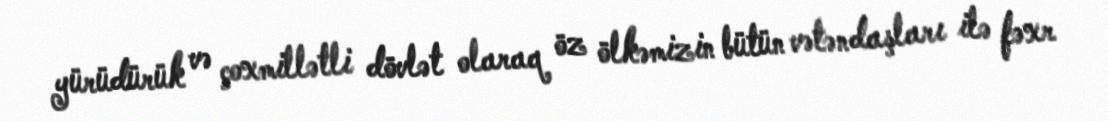
yürüdürük və çoxmillətli dövlət olaraq öz ölkəmizin bütün vətəndaşları ilə fəxr